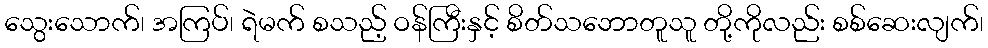
သွေးသောက်၊ အကြပ်၊ ရဲမက် စသည့် ဝန်ကြီးနှင့် စိတ်သဘောတူသူ တို့ကိုလည်း စစ်ဆေးလျက်၊